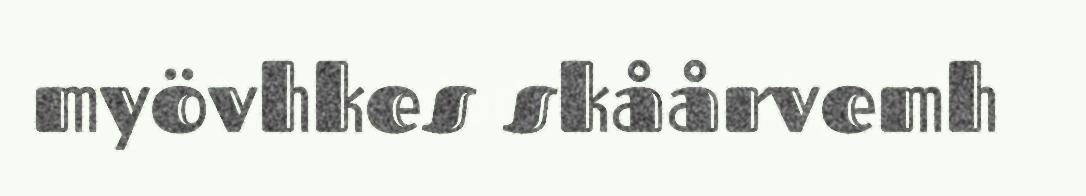
myövhkes skåårvemh